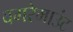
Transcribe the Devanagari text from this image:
वगरेमाउंट